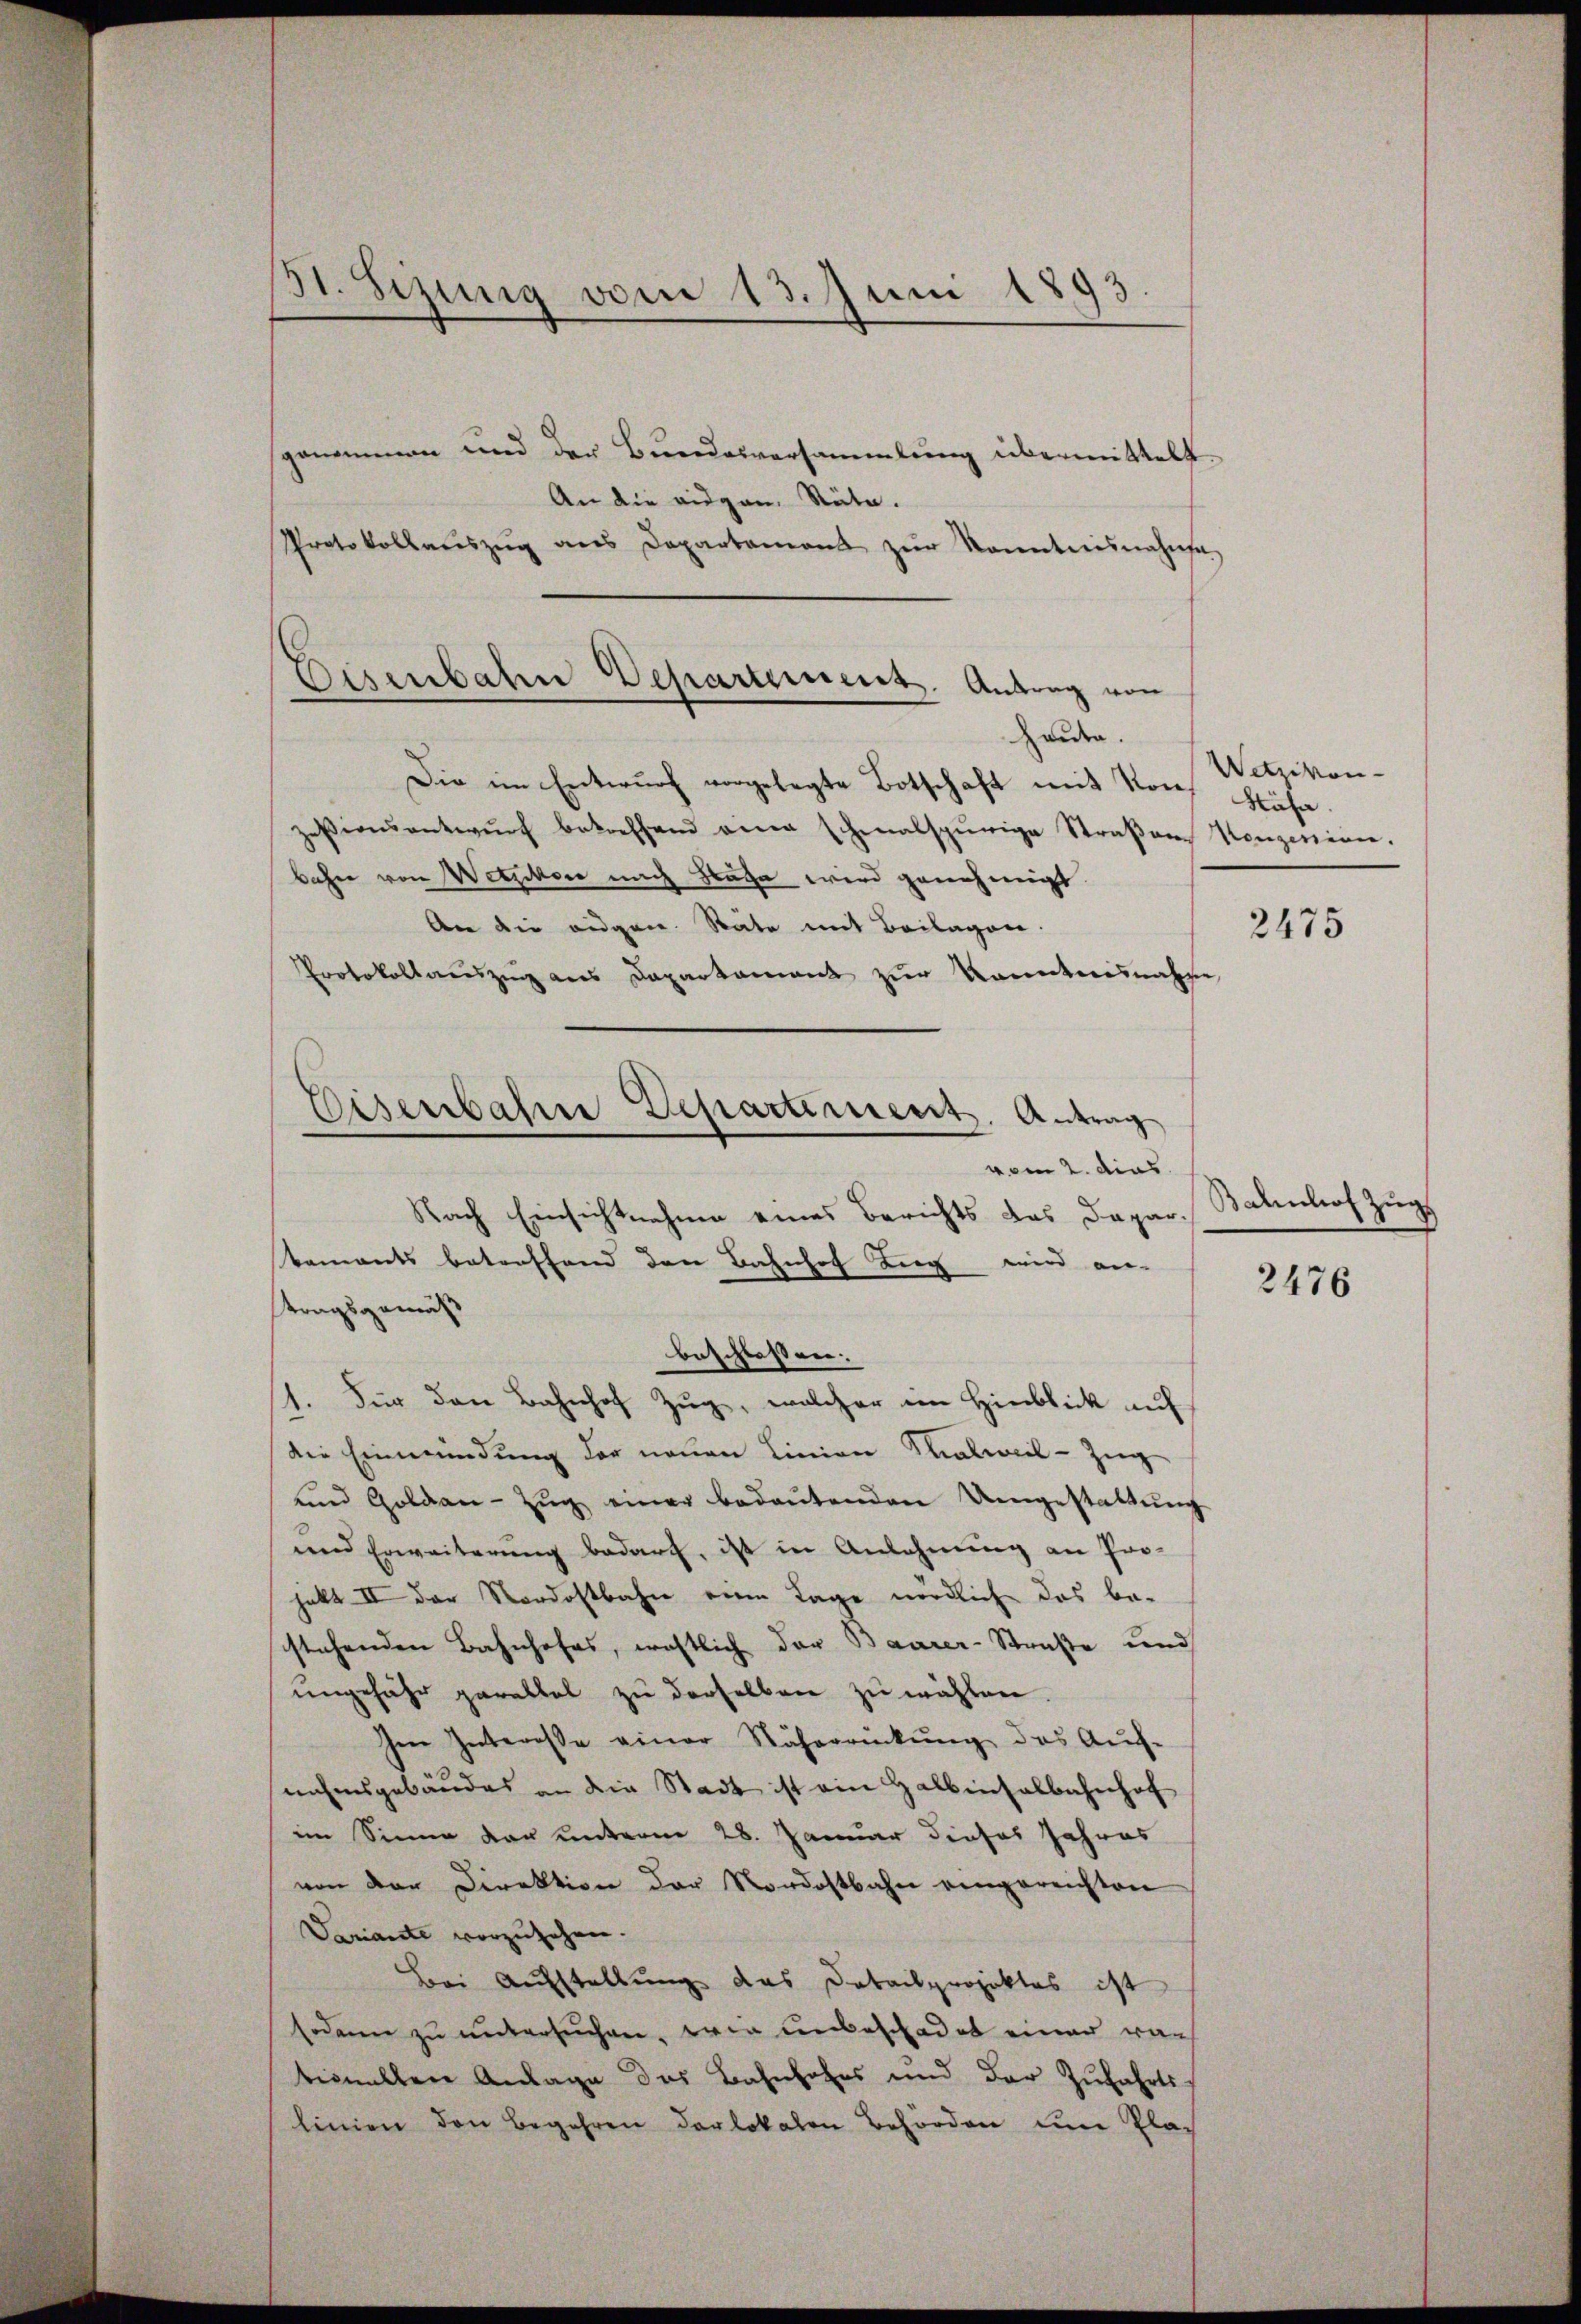
31. Sezung vom 13. Juni 1893.

genommen und der Bundesversammlung übermittelt.
An die eidgen. Stäte.
Protokollaŭszŭg ans Departament zŭr Kenntnisnahmsa
Die im Entwurf vorgelegte Botschaft mit Von Stäfa
zesionsentwŭrf betreffend ein schenalspurige Straβen Konzerinne.
bahre von Wetzikon nach Sache wird genehmigt
An die eidgen. Rate mit Beilagen.
Protokollauszug aus Dapartament zur kanntnisnahme
Eisenbahne Departement. Antrag

Eisenbahn Departement. Antrag von
heute.

vom 2. dies
Nach Einsichtnahme eines Berichts das Dapar-

kaments betreffend den Bahnhof King wird an-
beschlossen.
s. Für den Bahnhof Zug, welcher im Hinblick auf

tragsgemäß
die Einmündung der neuen Linien Thalweil-Zug
und Goldaŭ-Zŭg einer bedeŭtenden Umgestattŭng
und Erweiterung bedarf, ist in Anlehnung an Pro-
hakt III der Nordostbahn eine Tage nördlich das be-
stehenden Bahnhofes, westlich der Baarer-Straße und
ŭngefähr parallel zŭ derselben zŭ wählen.
Im Interesse einer Näherrückŭng des Aŭf-
nahmsgebäudes an die Stadt ist ein Halbinsalbahnhof
im Sinne der unterm 28. Januar dieses Jahres
von der Direktion der Nordostbahn eingereichten
Variante vorzŭsehen.
Bei Aufstellung das Datailprojektes ist
sodann zu untersuchen, wie unbeschadet einer war
tionallen Anlage des Bahnlohns und der Zufahrts-
linien den Begehren darlokalen Behörden im Pla¬

Wetzikon-

2475

Bahnhof Zug

2476